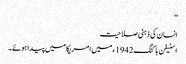
‘‘
انسان کی ذہنی صلاحیت
اسٹیفن ہاکنگ 1942ء میں امریکا میں پیدا ہوئے۔